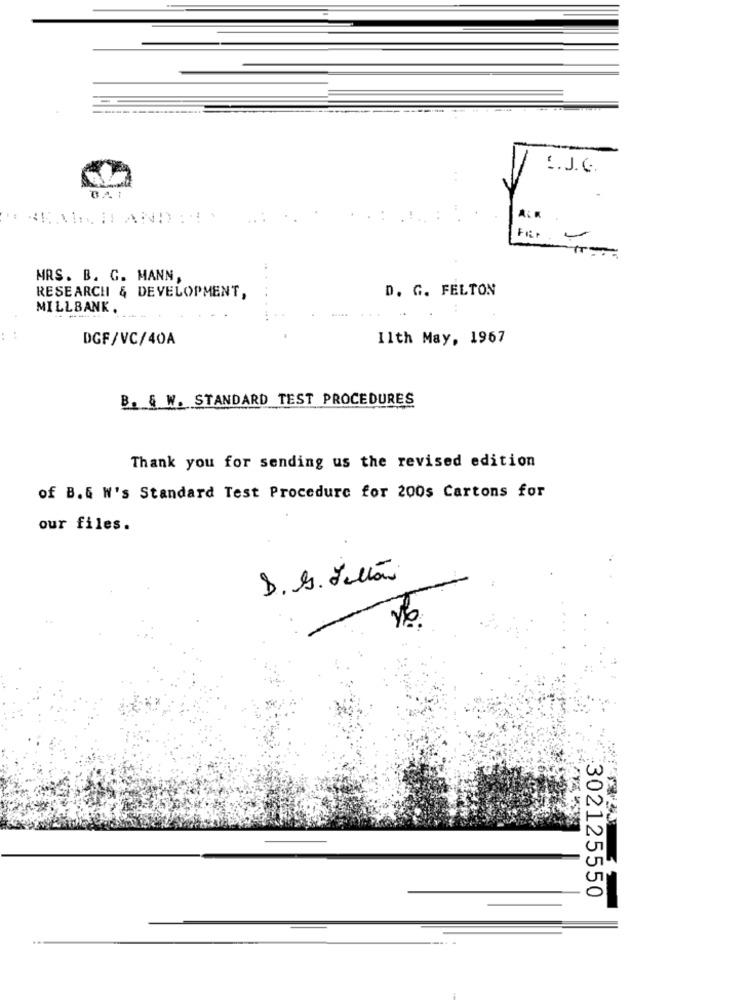
.. J.C
BAI
ALK
MRS. B. G. MANN,
D. G. FELTON
RESEARCH & DEVELOPMENT,
MILLBANK.
DGF/VC/40A
Ilth May, 1967
B. & W. STANDARD TEST PROCEDURES
Thank you for sending us the revised edition
of B.G W's Standard Test Procedure for 200s Cartons for
our files.
UT
0
302125550